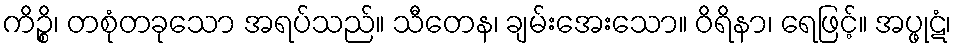
ကိဉ္စိ၊ တစုံတခုသော အရပ်သည်။ သီတေန၊ ချမ်းအေးသော။ ဝိရိနာ၊ ရေဖြင့်။ အပ္ဖုဋံ၊